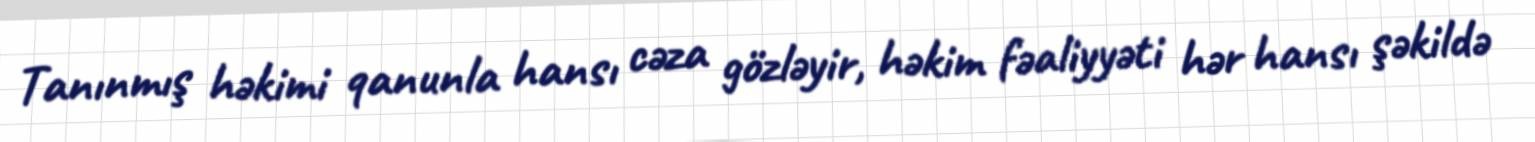
Tanınmış həkimi qanunla hansı cəza gözləyir, həkim fəaliyyəti hər hansı şəkildə